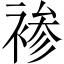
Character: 𰴂